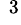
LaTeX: ^{\; 3}